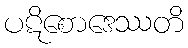
ပဋိစောဒေဿတိ